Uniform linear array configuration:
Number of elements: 16
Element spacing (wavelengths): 0.25
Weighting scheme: hann
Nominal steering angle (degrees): -30
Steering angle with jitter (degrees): -28.951
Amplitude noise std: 0.05
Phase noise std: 0.05

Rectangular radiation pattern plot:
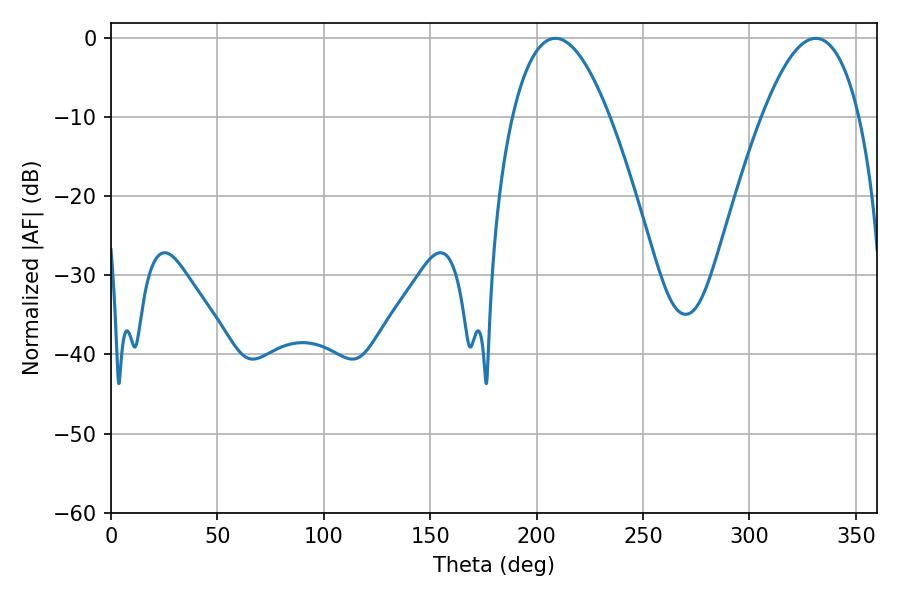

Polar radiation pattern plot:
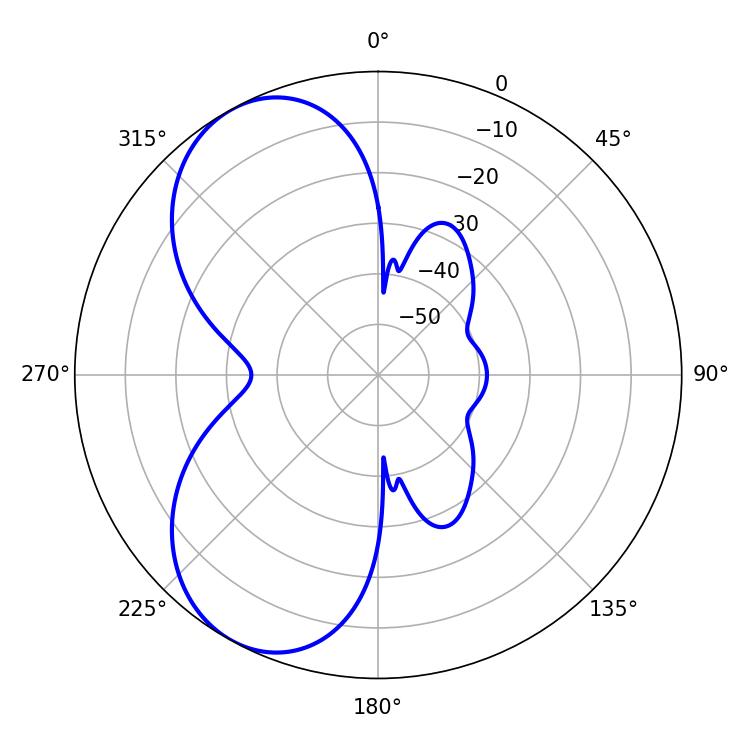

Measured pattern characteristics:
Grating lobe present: FALSE
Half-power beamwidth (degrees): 25.02
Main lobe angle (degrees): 208.8